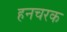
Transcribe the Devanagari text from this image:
हनचरक